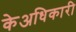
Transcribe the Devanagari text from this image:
केअधिकारी